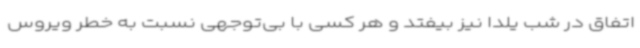
اتفاق در شب یلدا نیز بیفتد و هر کسی با بی‌توجهی نسبت به خطر ویروس